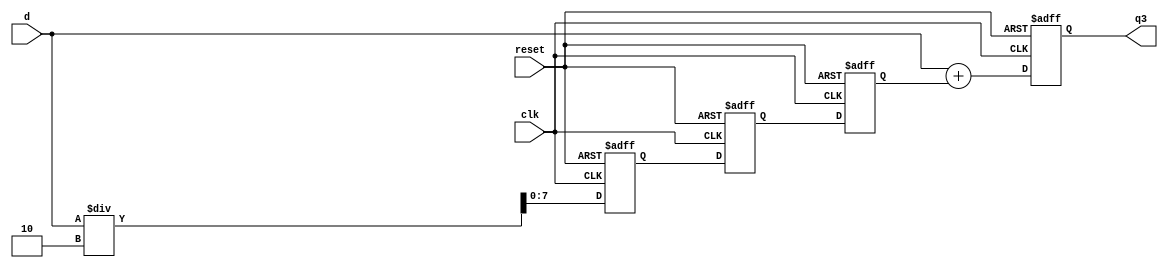
module segmentos (q3, d, clk, reset);
  input reset;
  output [7:0] q3;
  input [7:0] d;
  input clk;
  reg [7:0] q3, q[2:0];
  integer i;
  always @(negedge clk or posedge reset)
    begin
      if (reset) begin
		q3 = 0;
		for (i=0; i < 3; i= i + 1) begin
			q[i] = 0;
		end
	        //q[1] = 0;
		//q[0] = 0;
      end else if (clk == 0) begin
		q3 <= d + q[2];
		q[2] <= q[1];
		q[1] <= q[0];
		q[0] <= d/2;
	  end
  end
endmodule